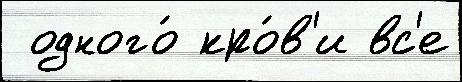
 одного́ кро́в'и вс'е